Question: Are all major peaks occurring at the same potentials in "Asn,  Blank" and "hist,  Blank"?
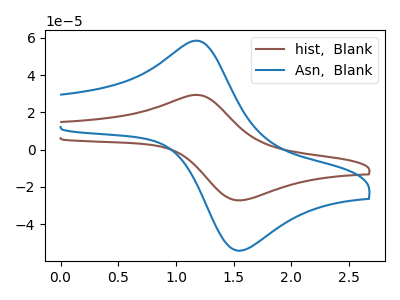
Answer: <think>The brown curve "hist,  Blank" has an anodic peak at (1.20V, 29.35uA) and a cathodic peak at (1.60V, -27.10uA). The blue curve "Asn,  Blank" has an anodic peak at (1.20V, 58.45uA) and a cathodic peak at (1.60V, -53.95uA).</think>
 <answer>Yes, "Asn,  Blank" have a peak in "hist,  Blank" at the same potential.</answer>
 <eval>match</eval>